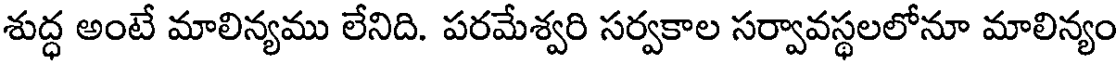
శుద్ధ అంటే మాలిన్యము లేనిది. పరమేశ్వరి సర్వకాల సర్వావస్థలలోనూ మాలిన్యం